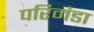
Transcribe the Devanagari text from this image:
परिमंडा